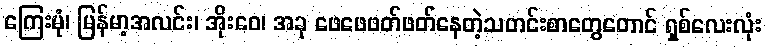
ကြေးမုံ၊ မြန်မာ့အလင်း၊ အိုးဝေ၊ အခု ဖေဖေဖတ်ဖတ်နေတဲ့သတင်းစာတွေတောင် ရှစ်လေးလုံး